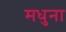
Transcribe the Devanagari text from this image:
मधुना